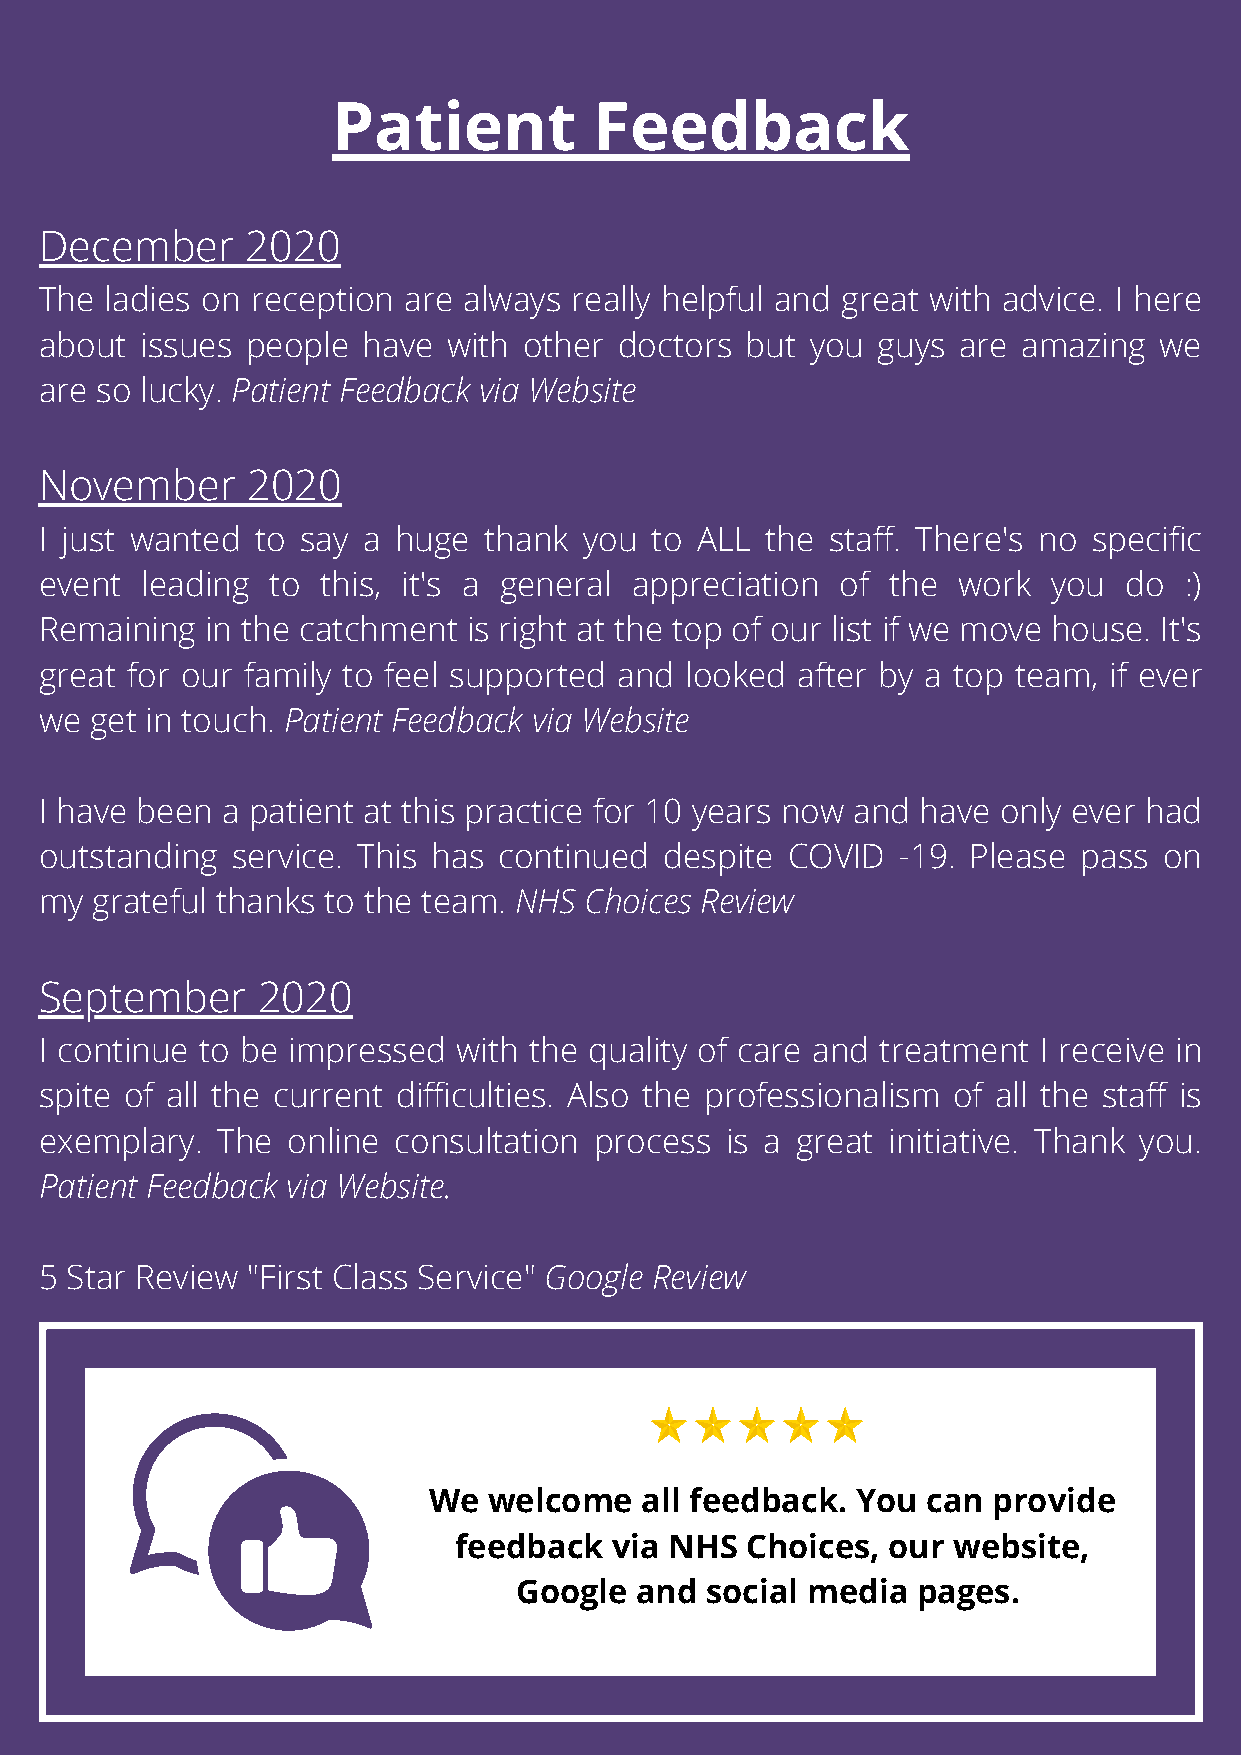
Patient          Feedback
 December     2020
 The ladies on reception are always really helpful and great with advice. I here
 about issues people  have  with other doctors but  you guys are  amazing  we
 are so lucky. Patient Feedback via Website
 November     2020
 I just wanted to say a huge  thank  you to ALL  the staff. There's no specific
 event leading  to this, it's a general appreciation  of the work   you do  :)
 Remaining  in the catchment is right at the top of our list if we move house. It's
 great for our family to feel supported and looked after by a top team, if ever
 we get in touch. Patient Feedback via Website
 I have been a patient at this practice for 10 years now and have only ever had
 outstanding service. This has continued  despite COVID  -19. Please pass  on
 my grateful thanks to the team. NHS Choices Review
 September     2020
 I continue to be impressed with the quality of care and treatment I receive in
 spite of all the current difficulties. Also the professionalism of all the staff is
 exemplary. The  online consultation process  is a great initiative. Thank you.
 Patient Feedback via Website.
 5 Star Review "First Class Service" Google Review
 We  welcome   all feedback.  You can  provide
 feedback   via NHS Choices,  our website,
 Google  and  social media  pages.